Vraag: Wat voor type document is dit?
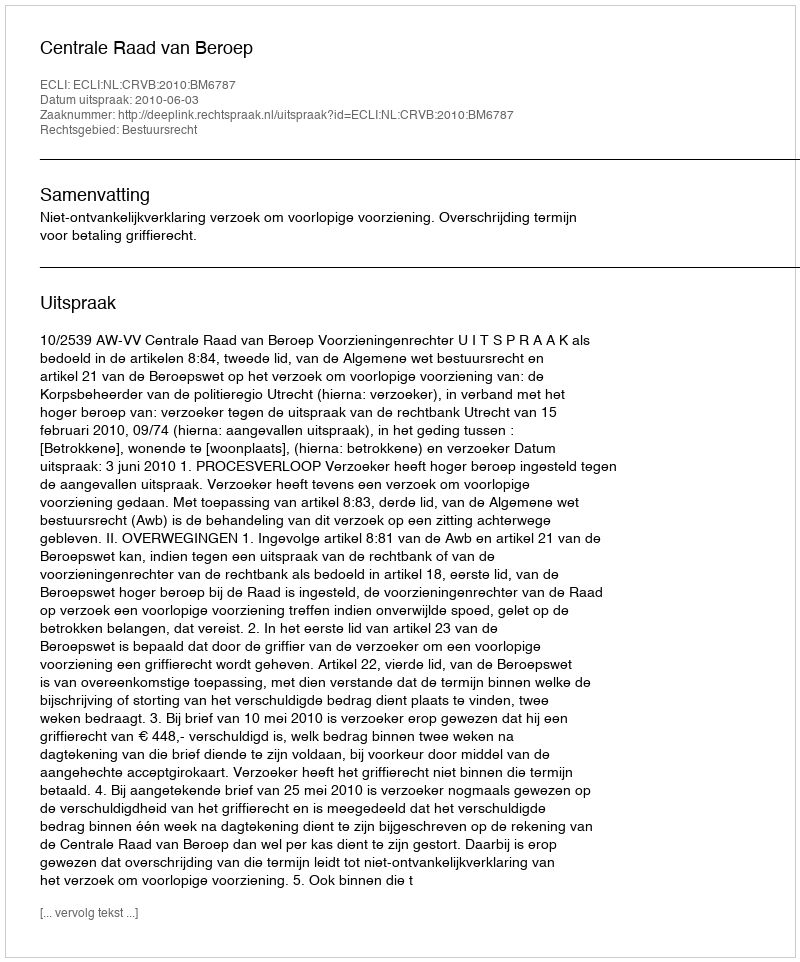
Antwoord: Uitspraak